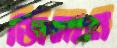
জিসান